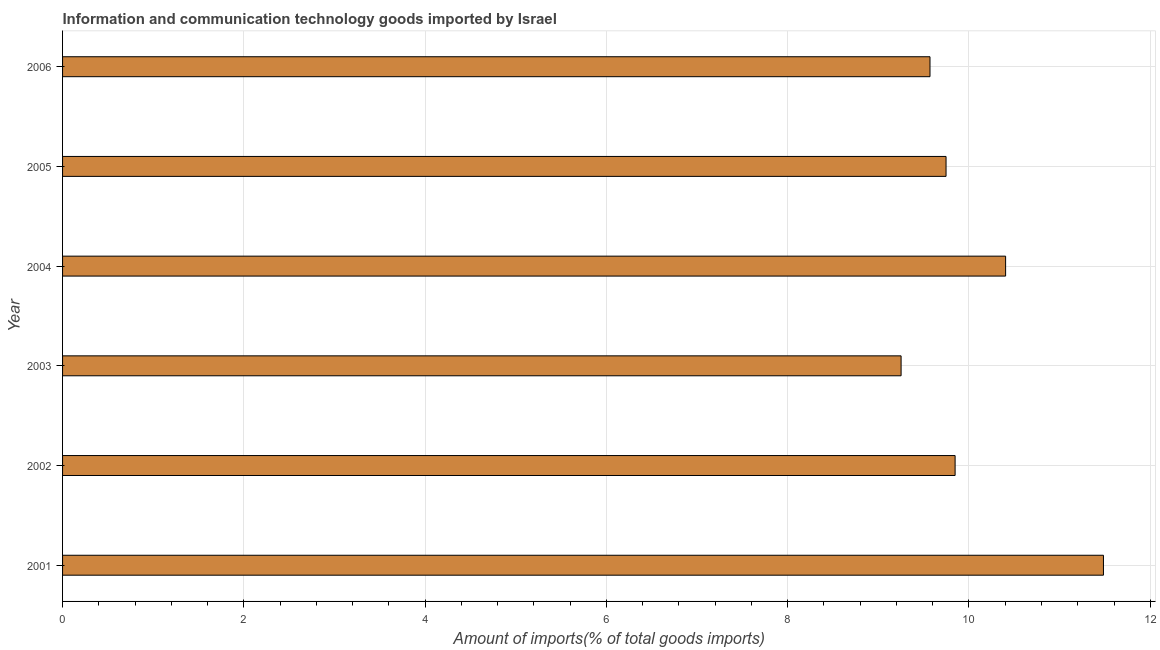
| Year | ICT goods imports |
 | --- | --- |
 | 2001 | 11.5 |
 | 2002 | 9.85 |
 | 2003 | 9.25 |
 | 2004 | 10.4 |
 | 2005 | 9.75 |
 | 2006 | 9.57 |